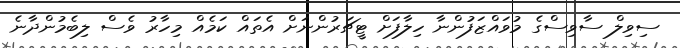
ސިވިލް ސާވިސްގެ މުވައްޒަފުންނާ ހިލާފަށް ޓީޗަރުންނަށް އެތައް ކަމެއް މިހާރު ވެސް ލިބެމުންދާނެ